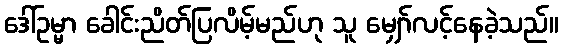
ဒေါ်ဥမ္မာ ခေါင်းညိတ်ပြလိမ့်မည်ဟု သူ မျှော်လင့်နေခဲ့သည်။